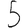
Digit: 5